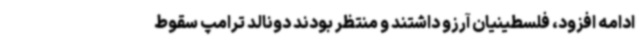
ادامه افزود، فلسطینیان آرزو داشتند و منتظر بودند دونالد ترامپ سقوط